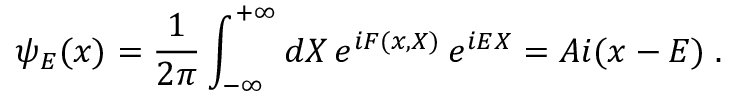
\psi _ { E } ( x ) = \frac { 1 } { 2 \pi } \int _ { - \infty } ^ { + \infty } d X \, e ^ { i F ( x , X ) } \, e ^ { i E X } = A i ( x - E ) \; .